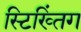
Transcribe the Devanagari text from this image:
स्टिख्तिंग